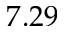
7 . 2 9